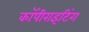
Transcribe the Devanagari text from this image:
कॉपीराइटिंग